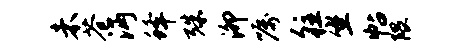
未苍沔蜂殊泖嘱往坐帖隈